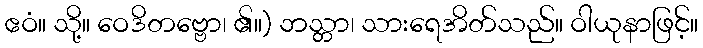
ဧဝံ။ သို့။ ဝေဒိတဗ္ဗော၊ ၏။) ဘသ္တာ၊ သားရေအိတ်သည်။ ဝါယုနာဖြင့်။